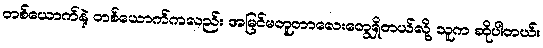
တစ်ယောက်နဲ့ တစ်ယောက်ကလည်း အမြင်မတူတာလေးတွေရှိတယ်လို့ သူက ဆိုပါတယ်။